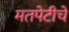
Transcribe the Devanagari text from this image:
मतपेटीचे